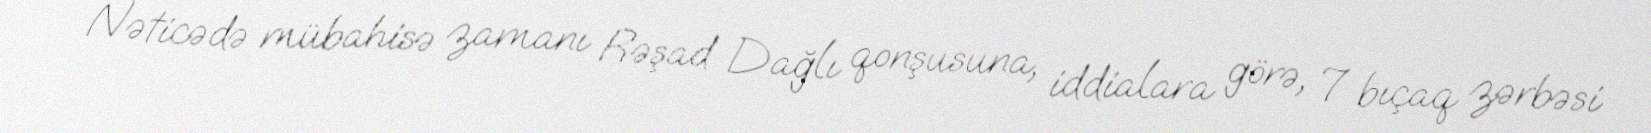
Nəticədə mübahisə zamanı Rəşad Dağlı qonşusuna, iddialara görə, 7 bıçaq zərbəsi